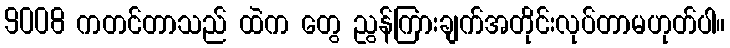
9008 ကတင်တာသည် ထဲက တွေ ညွန်ကြားချက်အတိုင်းလုပ်တာမဟုတ်ပါ။